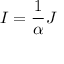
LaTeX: I = { \frac { 1 } { \alpha } } J